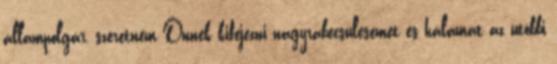
állampolgár, szeretném Önnek kifejezni nagyrabecsülésemet és hálámat az utóbbi